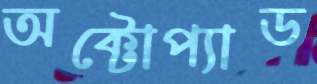
অক্টোপ্যাড